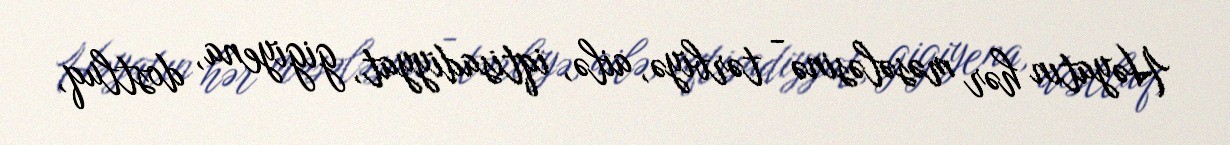
Həyatın hər məsələsinə - tərbiyə, ailə, iqtisadiyyat, gigiyena, dostluq,